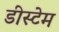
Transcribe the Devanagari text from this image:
डीस्टेम